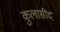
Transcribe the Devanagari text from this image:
कुलासीद